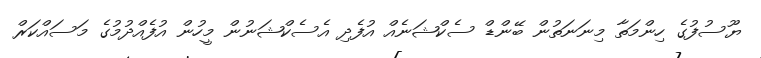
ޔޫސުފުގެ ހިންމަތާ މިނަނަތުން ބޭންޑް ސެކްޝަނެއް އުފެދި އެސެކްޝަނުން މީހުން އުފެއްދުމުގެ މަސައްކަރް